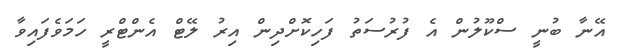
އޭނާ ބުނީ ސްކޫލުން އެ ފުރުސަތު ފަހިކޮށްދިން އިރު ލޭޓް އެންޓްރީ ހަމަވެފައިވާ